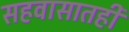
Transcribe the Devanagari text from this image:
सहवासातही